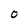
Character: O